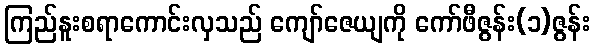
ကြည်နူးစရာကောင်းလှသည် ကျော်ဇေယျကို ကော်ဖီဇွန်း(၁)ဇွန်း